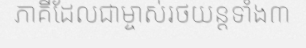
ភាគីដែលជាម្ចាស់រថយន្តទាំង៣